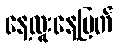
နေ့ထူးနေ့မြတ်